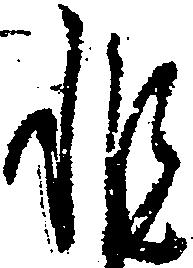
非